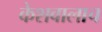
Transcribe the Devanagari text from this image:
केशवालाच